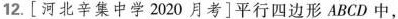
12. [河北辛集中学 2020 月考]平行四边形 ABCD 中，